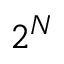
2 ^ { N }